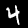
Label: 4